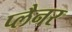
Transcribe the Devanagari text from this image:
प्लैनर